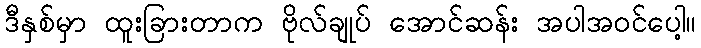
ဒီနှစ်မှာ ထူးခြားတာက ဗိုလ်ချုပ် အောင်ဆန်း အပါအဝင်ပေါ့။